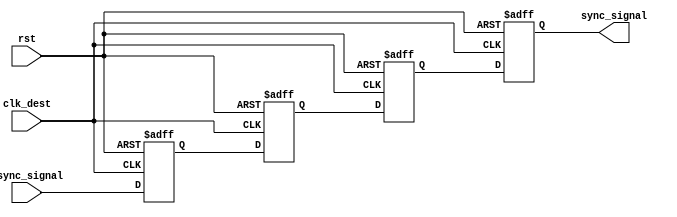
module triple_ff_synchronizer (
    input wire async_signal,   // Input signal from the source clock domain
    input wire clk_dest,       // Clock signal for the destination clock domain
    input wire rst,            // Asynchronous reset (optional)
    output reg sync_signal      // Synchronized output signal for the destination clock domain
);

// Internal signals for the flip-flops
reg ff1, ff2, ff3;

always @(posedge clk_dest or posedge rst) begin
    if (rst) begin
        // Asynchronous reset
        ff1 <= 1'b0;
        ff2 <= 1'b0;
        ff3 <= 1'b0;
        sync_signal <= 1'b0;
    end else begin
        // Capture async_signal in FF1
        ff1 <= async_signal; 
        // Capture output of FF1 in FF2
        ff2 <= ff1; 
        // Capture output of FF2 in FF3
        ff3 <= ff2; 
        // Output the final synchronized signal
        sync_signal <= ff3;
    end
end

endmodule